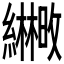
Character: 𫄒